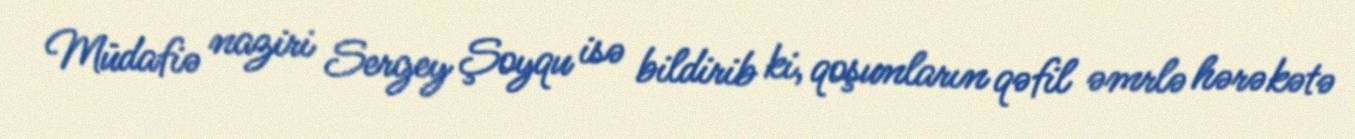
Müdafiə naziri Sergey Şoyqu isə bildirib ki, qoşunların qəfil əmrlə hərəkətə